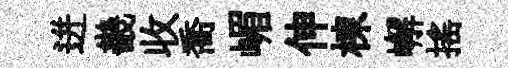
迸畿收喬嵋伸棟嶰搖